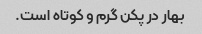
بهار در پکن گرم و کوتاه است.